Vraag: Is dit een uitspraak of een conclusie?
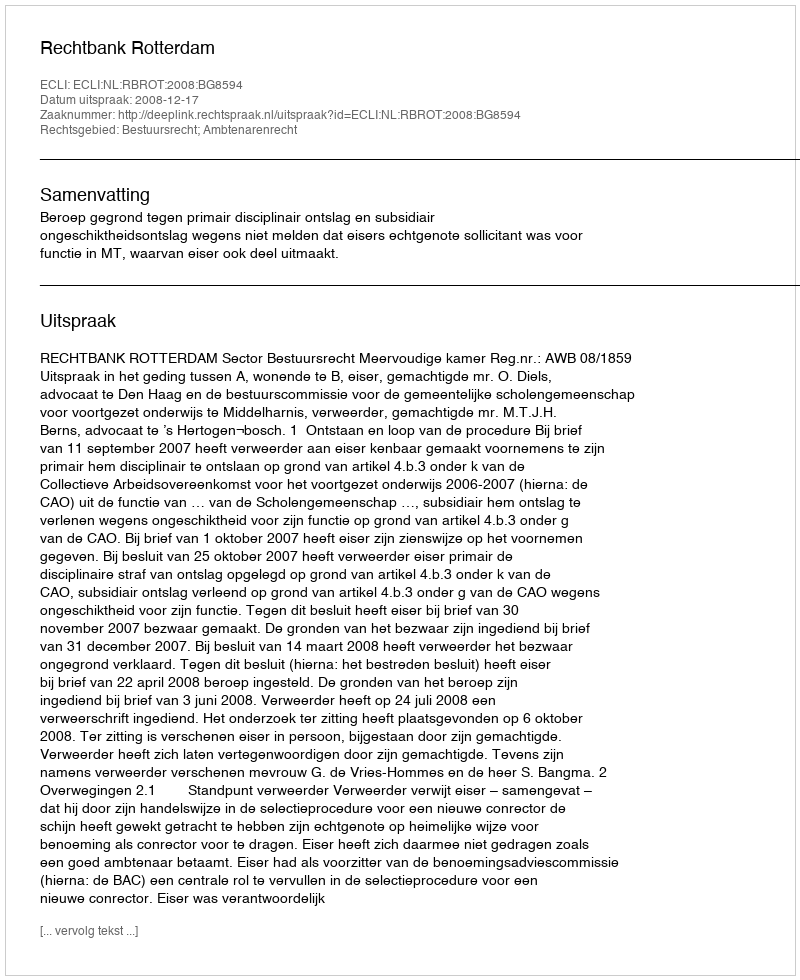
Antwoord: Uitspraak